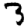
Digit: 3